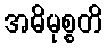
အဓိမုစ္စတိ